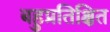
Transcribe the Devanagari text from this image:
बहुप्रतिक्षित